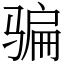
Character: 骗